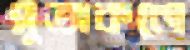
সুতাকলে